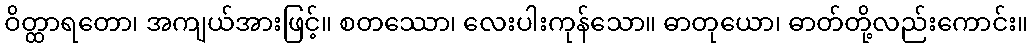
ဝိတ္ထာရတော၊ အကျယ်အားဖြင့်။ စတဿော၊ လေးပါးကုန်သော။ ဓာတုယော၊ ဓာတ်တို့လည်းကောင်း။